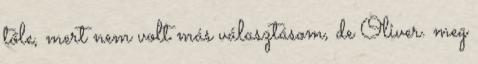
tőle, mert nem volt más választásom, de Oliver. meg